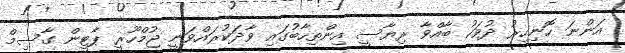
އަންނަ ހޮނިހިރު ދުވަހު ބާއްވާ ރިޔާސީ އިންތިހާބުގައި ވާދަކުރައްވަނީ ޖުމްހޫރީ ޕާޓީން ގާސިމް